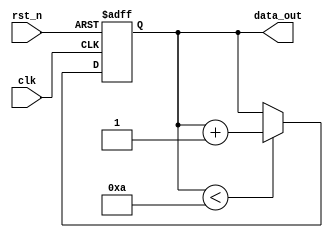
module ParameterFocusedInit #(
    parameter integer SIZE = 8,           // Size of the data
    parameter integer THRESHOLD = 10,     // Threshold value for operation
    localparam integer INIT_VALUE = 0     // Constant initialization value
)(
    input wire clk,                        // Clock signal
    input wire rst_n,                      // Active low reset
    output reg [SIZE-1:0] data_out        // Output data
);

    // State variable declaration
    reg [SIZE-1:0] data_reg;

    // Initialization logic
    initial begin
        // Call the initialization procedure
        initialize();
    end

    // Initialization procedure
    task initialize;
        begin
            if (SIZE > 16) begin
                data_reg = INIT_VALUE; // Use INIT_VALUE for larger sizes
            end else if (THRESHOLD < 5) begin
                data_reg = 5;          // Set to a specific value if threshold is low
            end else begin
                data_reg = INIT_VALUE; // Default initialization
            end
        end
    endtask

    // Always block for synchronous reset
    always @(posedge clk or negedge rst_n) begin
        if (!rst_n) begin
            data_reg <= INIT_VALUE; // Reset state
        end else begin
            // Example operation: Increment data_reg
            if (data_reg < THRESHOLD) begin
                data_reg <= data_reg + 1;
            end
        end
    end

    // Assign output
    always @(*) begin
        data_out = data_reg; // Continuous assignment to output
    end

endmodule